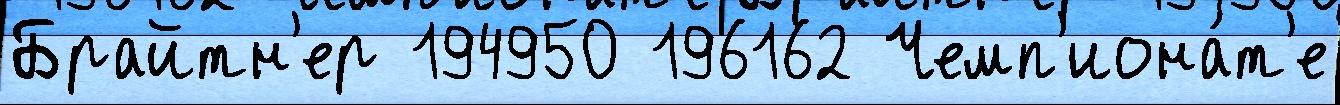
Брайтн'ер 194950 196162 Чемп'иона́т'е